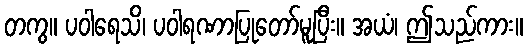
တကွ။ ပဝါရေသိ၊ ပဝါရဏာပြုတော်မူပြီး။ အယံ၊ ဤသည်ကား။